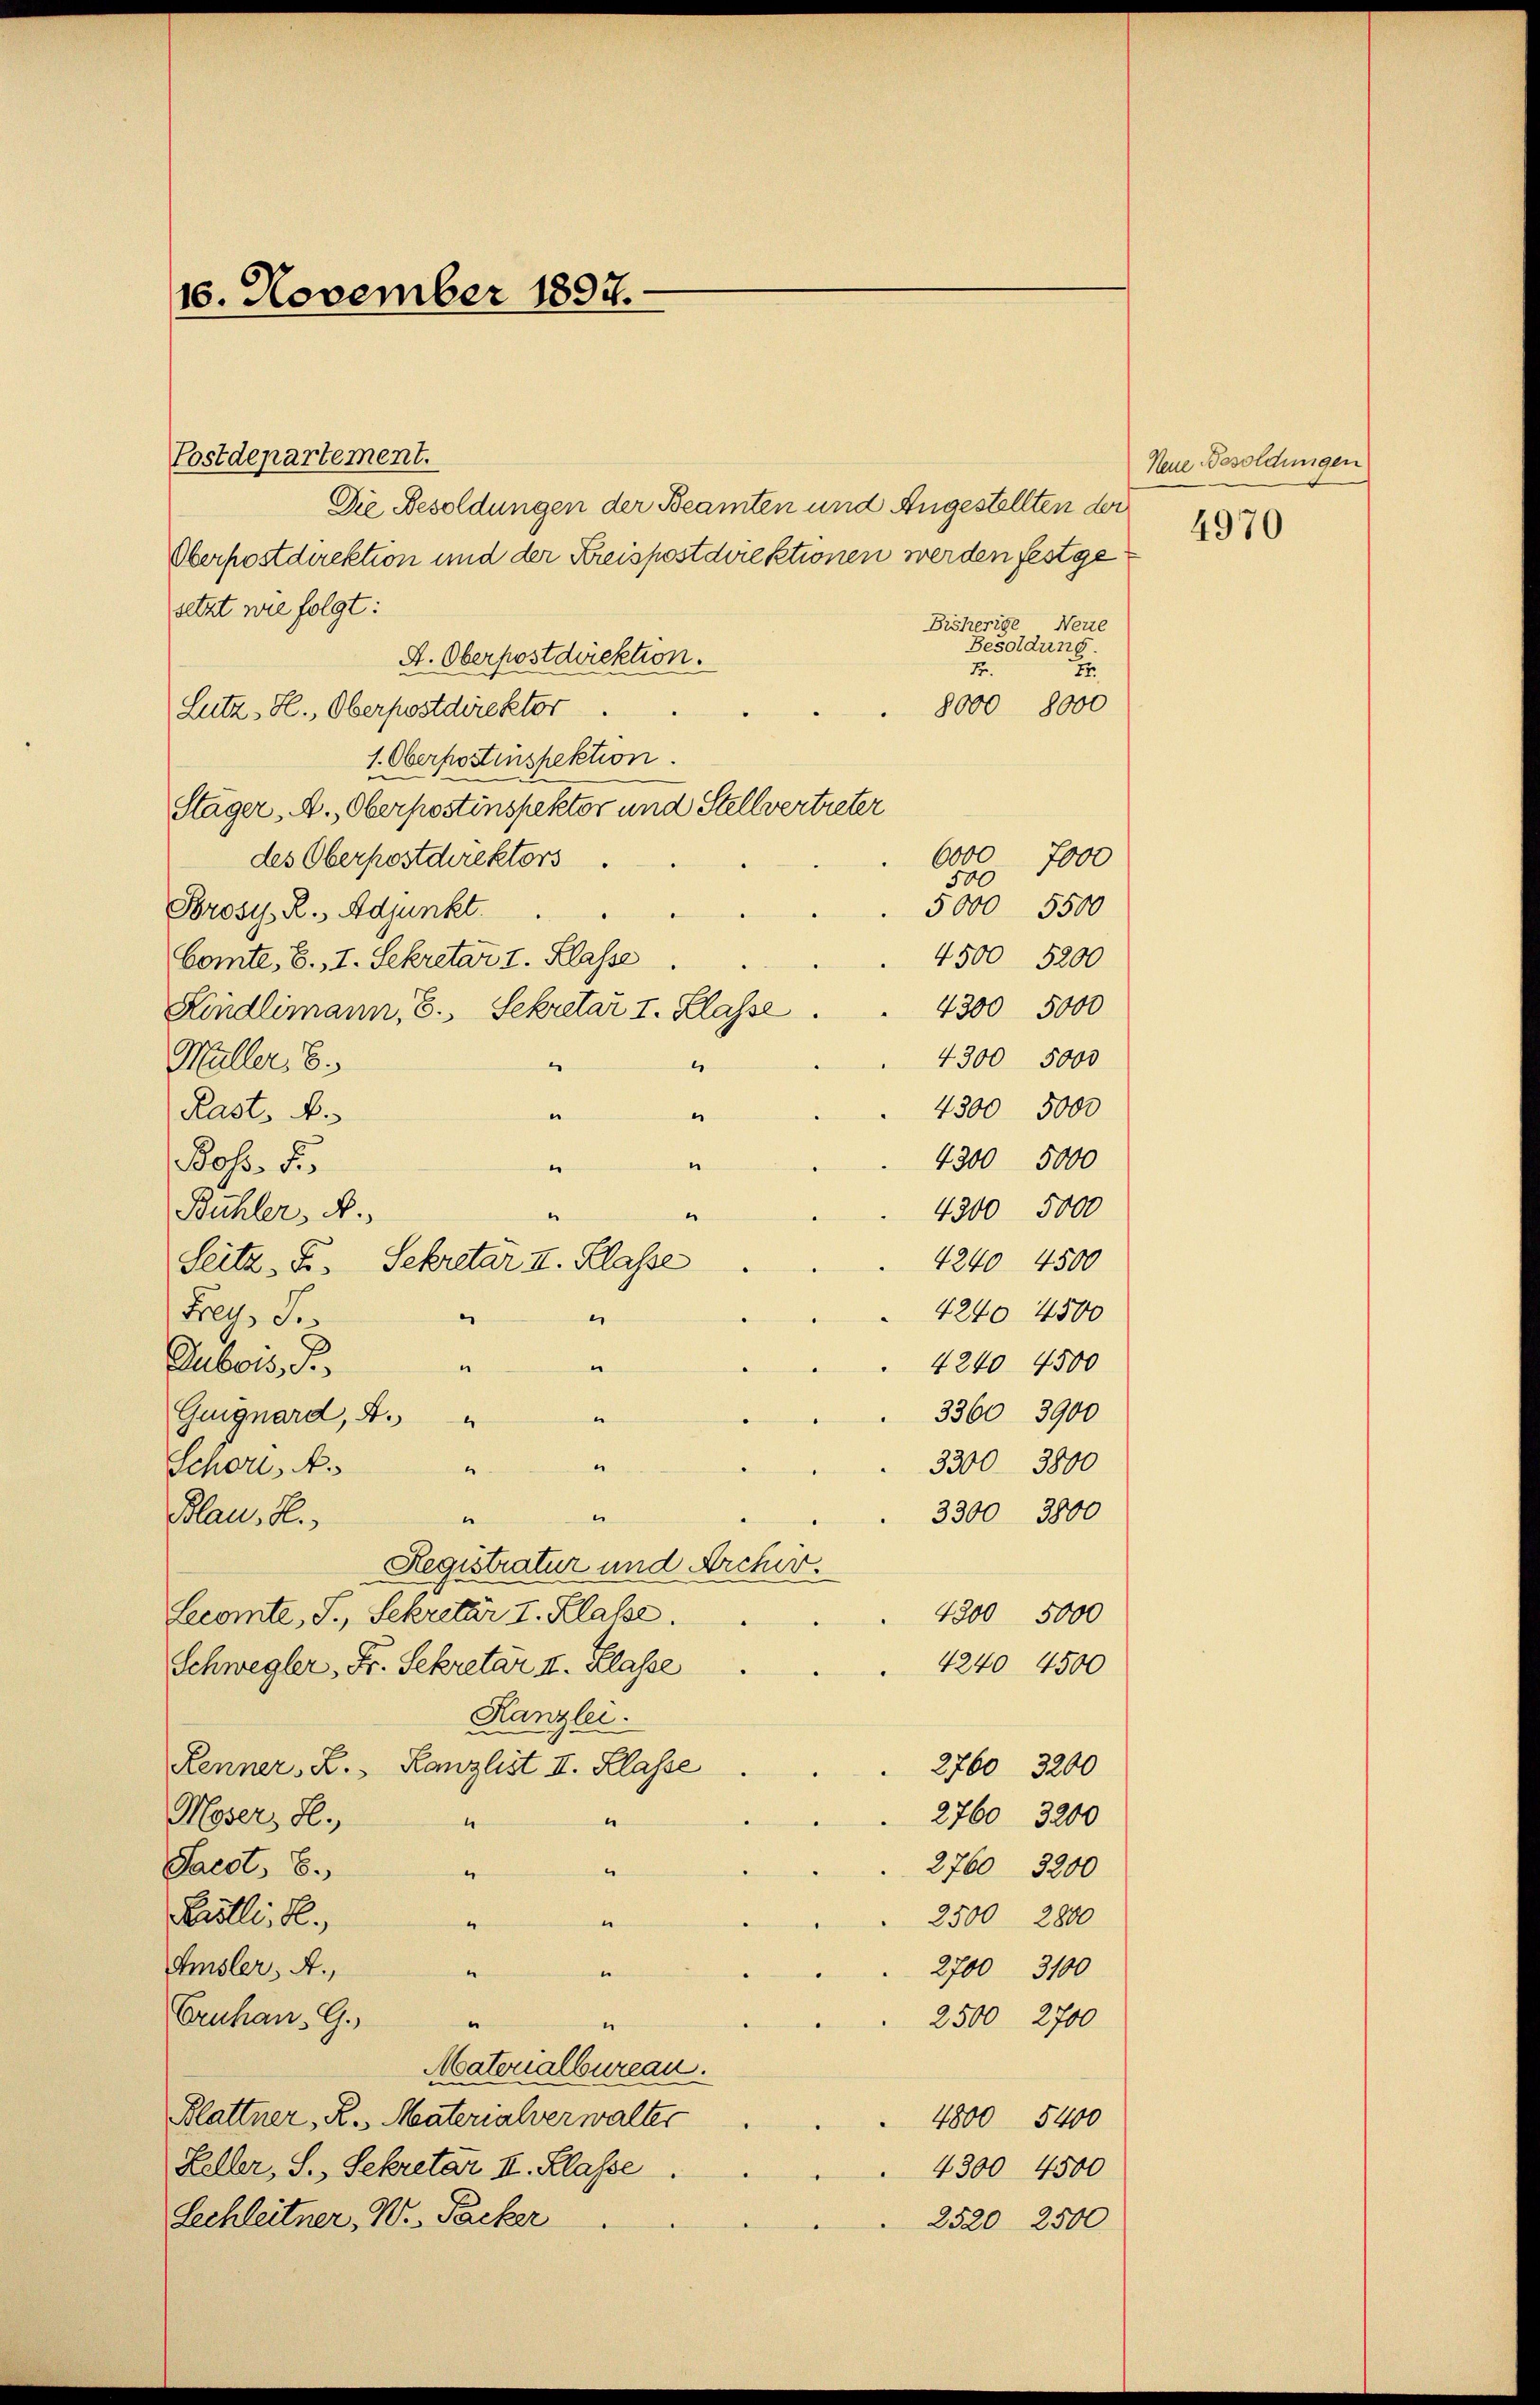
16. November 1897.

Postdepartement.
Die Besoldungen der Beamten und Angestellten der
Oberpostdirektion und der Kreispostdirektionen werden festgesetzt wie folgt:
Bisherige Neue
Besoldung.
A. Oberpostdirektion.
1.
7
8000 8000
Lutz, H., Oberpostdirektor
1. Oberpostinspektion.
Stäger, A., Oberpostinspektor und Stellvertreter
6000
des Oberpostdirektors
7000
500
5000 5500
Prost. R., Adjunkt
4500 5200
Comte. B., I. Sekretar I. Klasse
4300 5000
Kindlimann, E., Sekretar I. Klasse
4300 5000
.
Müller, 6.
4300 5000
e
Rast. A.
e
4300 5000
2
Boss. S.
.
4300 5000
Bühler, N.
4240 4500
Seite. Fr. Sekretär II. Klasse
4240 4500
Frey, Jo
u
e
4240 4500
Dubois, S.
e
“
3360 3900
Guignard, 4.
“
3300 3800
Schon, A
e
3300 3800
2
Blau, H.
e
Registratur und Archiv.
4300 5000
Lecomte, S., Sekretär I. Klasse.
4240 4500
Schwegler, Fr. Sekretar II. Klasse
Kanzlei.
Renner L. Kanzlist II. Klasse
2760 3200
Moser, H.
2760 3200
e
4
Saect, 8.
2760 3200
e
e
Kölli, R.,
2500 2800
u
e
Amsler, A.,
.
2700 3100
“
Eruhan. G. "
2500 2700
“
Materialbureau.
Blattner, K. Materialverwalter
4800 5400
Heller, S., Sekretär I. Klasse.
4300 4500
Lechleitner, W. Packer
2520 2500

e
e

Neue Besoldungen
4970